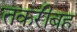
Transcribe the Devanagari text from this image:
तकरीबह